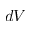
d V